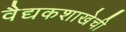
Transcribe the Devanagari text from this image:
वैद्यकशाखेची